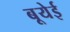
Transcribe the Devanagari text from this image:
बूयेई